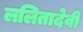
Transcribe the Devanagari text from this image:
ललितादेवी